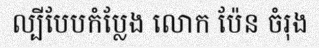
ល្បីបែបកំប្លែង លោក ប៉ែន ចំរុង